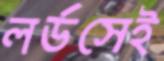
লর্ডসেই